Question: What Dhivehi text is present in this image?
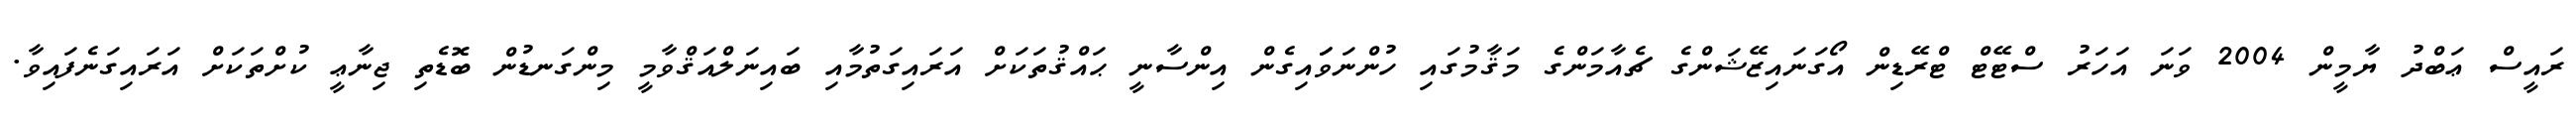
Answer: ރައީސް ޢަބްދު ޔާމީން 2004 ވަނަ އަހަރު ސްޓޭޓް ޓްރޭޑިން އޯގަނައިޒޭޝަންގެ ޗެއާމަންގެ މަޤާމުގައި ހުންނަވަައިގެން އިންސާނީ ޙައްޤުތަކަށް އަރައިގަތުމާއި ބައިނަލްއަޤްވާމީ މިންގަނޑުން ބޮޑެތި ޖިނާޢީ ކުށްތަކަށް އަރައިގަނެފައިވާ.